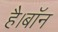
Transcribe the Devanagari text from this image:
है।बॉन